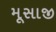
મૂસાજી